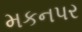
મકનપર